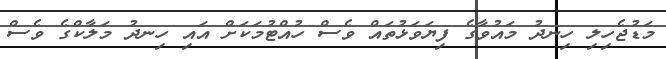
މަޑުޖެހިލި ހިނދު މައުވާގެ ފިޔަވަޅުތައް ވެސް ހުއްޓުމަކަށް އައި ހިނދު މަލާކްގެ ވެސް